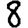
Digit: 8